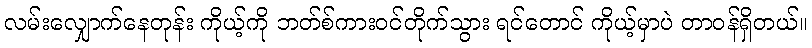
လမ်းလျှောက်နေတုန်း ကိုယ့်ကို ဘတ်စ်ကားဝင်တိုက်သွား ရင်တောင် ကိုယ့်မှာပဲ တာဝန်ရှိတယ်။